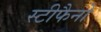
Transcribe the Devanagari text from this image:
स्टीफैनो